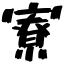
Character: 寮